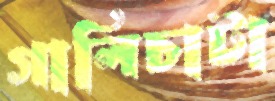
গালিচাটা